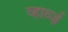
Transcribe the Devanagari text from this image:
व्हार्व्ज़